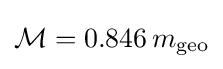
{\mathcal {M}}=0.846\,m_{\rm {geo}}